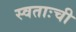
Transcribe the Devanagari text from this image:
स्वताःची